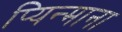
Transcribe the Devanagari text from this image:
प्यिन्माना